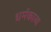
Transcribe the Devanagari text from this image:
धर्मकाव्य